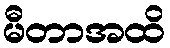
မီတာအထိ